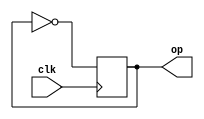
`timescale 1ns / 1ps
module Freq_dividerBy2(
    input clk,
    output reg op
    );
    initial op=1'b0;
    always@(posedge clk)
    begin 
    op=~op;
    end
endmodule